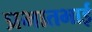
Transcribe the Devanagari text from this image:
प्रभातभाई